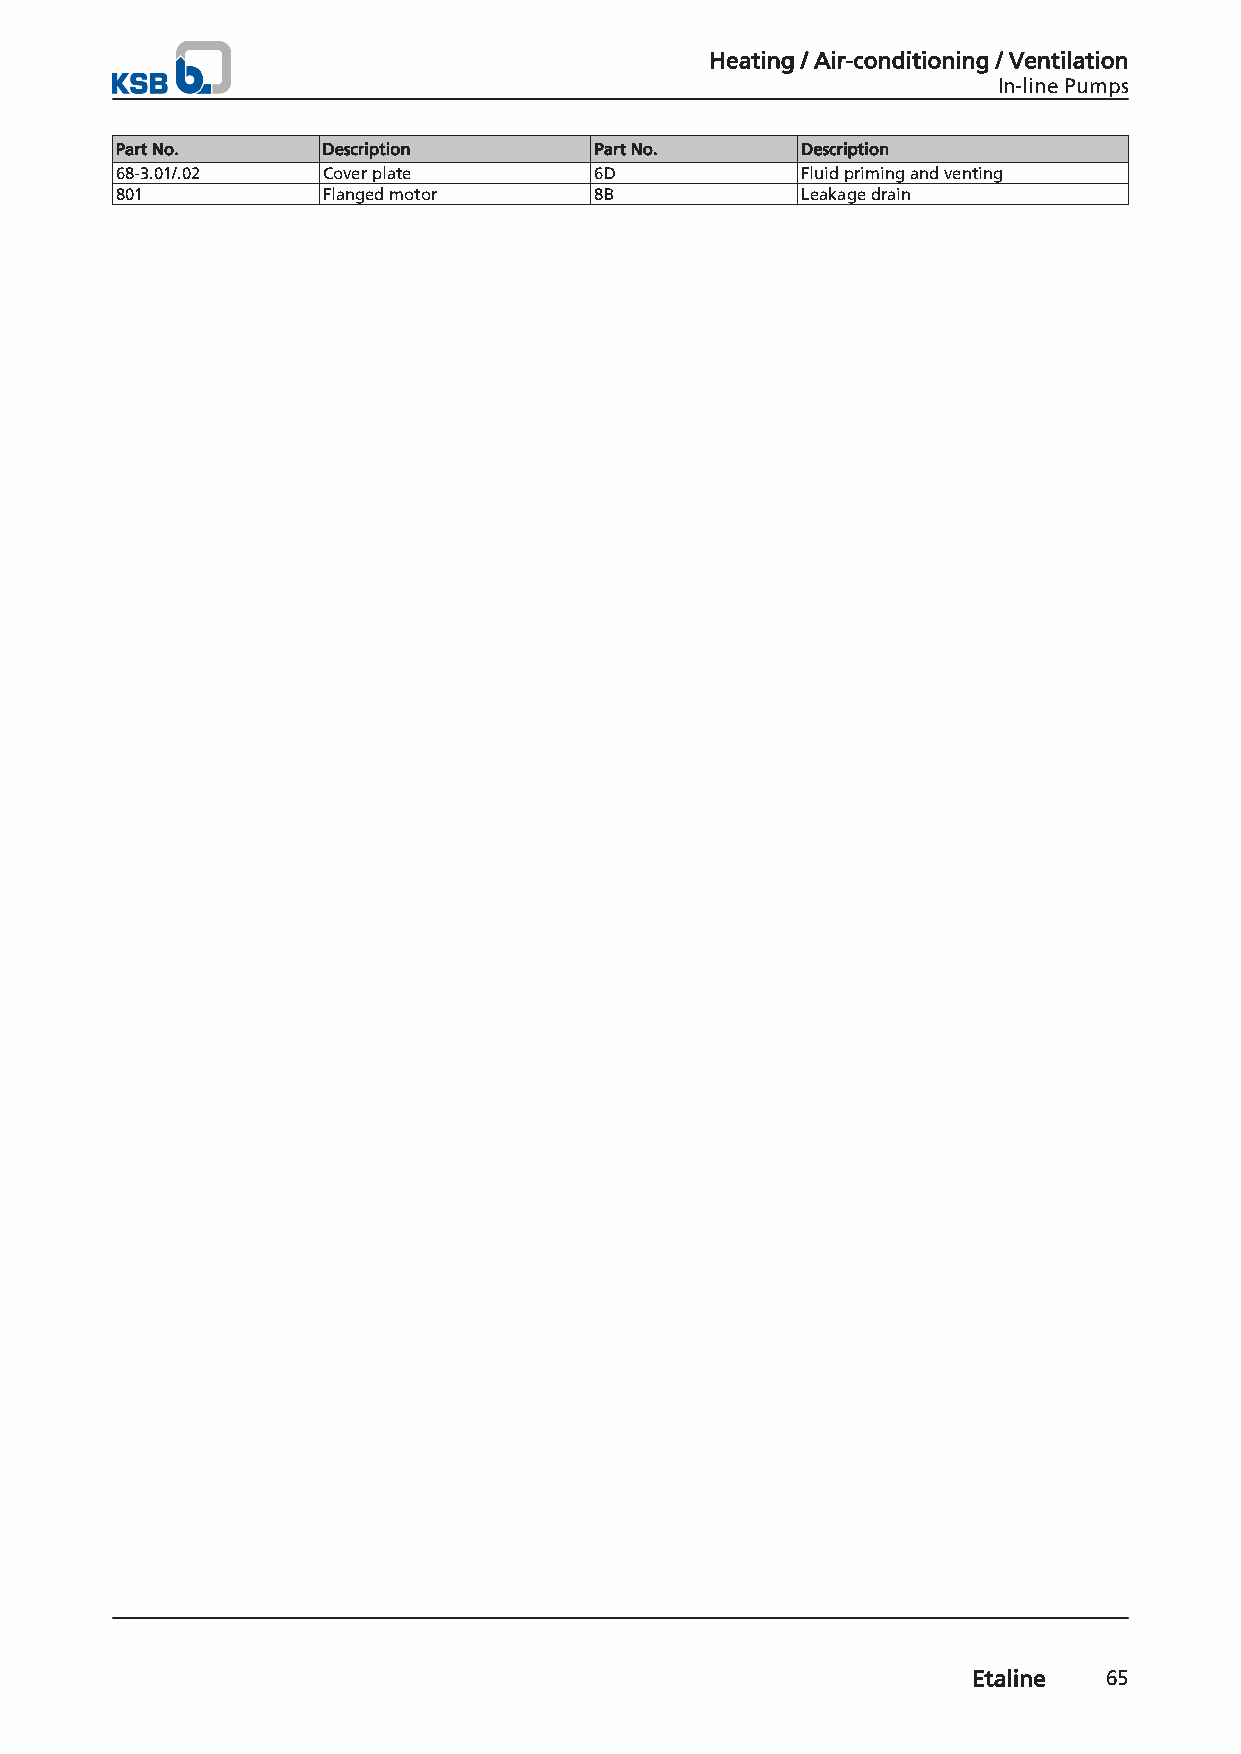
Heating / Air-conditioning / Ventilation
 In-line Pumps
 Part No.     Description       Part No.      Description
 68-3.01/.02  Cover plate       6D            Fluid priming and venting
 801          Flanged motor     8B            Leakage drain
 Etaline  65